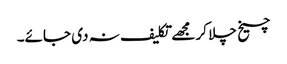
چیخ چلا کر مجھے تکلیف نہ دی جائے۔